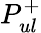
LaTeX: P_{ul}^{+}